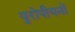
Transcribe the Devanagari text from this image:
युरोपीयनों